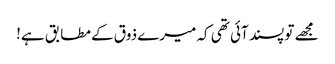
مجھے تو پسند آئی تھی کہ میرے ذوق کے مطابق ہے!